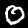
Digit: 0